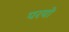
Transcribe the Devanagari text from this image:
परयो